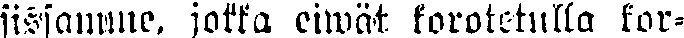
kissamme, jotka eiwät korotetulla kor-